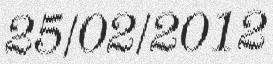
25/02/2012